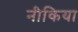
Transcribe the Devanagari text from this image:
नीकिया